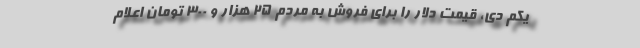
یکم دی، قیمت دلار را برای فروش به مردم ۲۵ هزار و ۳۰۰ تومان اعلام